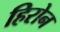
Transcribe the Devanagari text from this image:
हिरोन